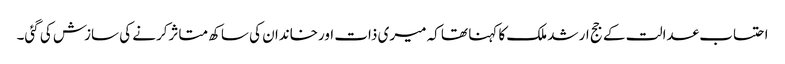
احتساب عدالت کے جج ارشد ملک کا کہنا تھا کہ میری ذات اورخاندان کی ساکھ متاثرکرنے کی سازش کی گئی۔